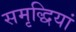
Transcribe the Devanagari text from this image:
समृद्धियां